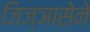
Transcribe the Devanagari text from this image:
जिज्ञासेने